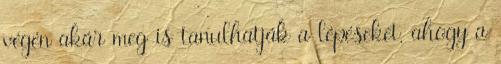
végén akár meg is tanulhatják a lépéseket, ahogy a